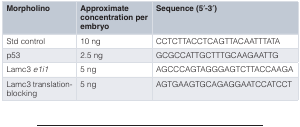
<table><thead><tr><td><b>Morpholino</b></td><td><b>Approximateconcentration perembryo</b></td><td><b>Sequence (5′-3′)</b></td></tr></thead><tbody><tr><td>Std control</td><td>10 ng</td><td>CCTCTTACCTCAGTTACAATTTATA</td></tr><tr><td>p53</td><td>2.5 ng</td><td>GCGCCATTGCTTTGCAAGAATTG</td></tr><tr><td>Lamc3<i>e1i1</i></td><td>5 ng</td><td>AGCCCAGTAGGGAGTCTTACCAAGA</td></tr><tr><td>Lamc3 translation-blocking</td><td>5 ng</td><td>AGTGAAGTGCAGAGGAATCCATCCT</td></tr></tbody></table>